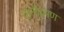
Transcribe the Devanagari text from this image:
नानीदमण